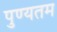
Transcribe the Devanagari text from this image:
पुण्यतम